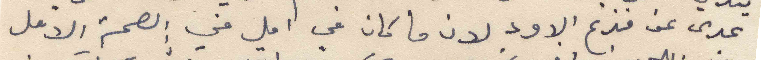
عدى عن فزع الاود لان ما كان في امل في الصحة الامل